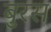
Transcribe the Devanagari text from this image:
बुरस